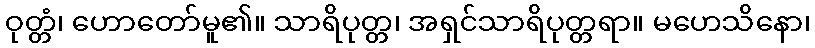
ဝုတ္တံ၊ ဟောတော်မူ၏။ သာရိပုတ္တ၊ အရှင်သာရိပုတ္တရာ။ မဟေသိနော၊